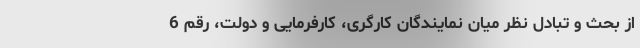
از بحث و تبادل نظر میان نمایندگان کارگری، کارفرمایی و دولت، رقم 6